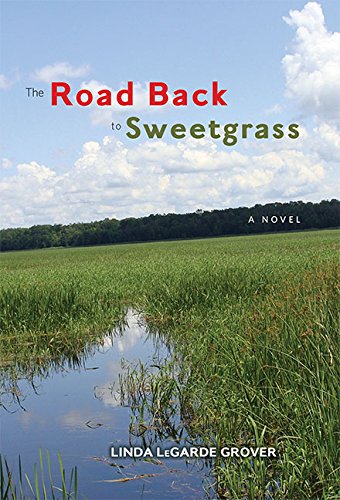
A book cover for The Road Back to Sweetgrass; Linda LeGarde Grover; Literature & Fiction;